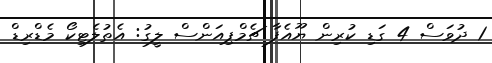
1 ދުވަސް 4 ގަޑި ކުރިން ޔޫއެފާ ޗެމްޕިއަންސް ލީގު: އެތުލެޓިކޯ މެޑްރިޑް